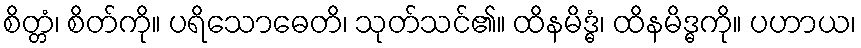
စိတ္တံ၊ စိတ်ကို။ ပရိသောဓေတိ၊ သုတ်သင်၏။ ထိနမိဒ္ဓံ၊ ထိနမိဒ္ဓကို။ ပဟာယ၊